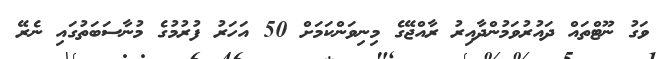
ވަގު ނޫޓްތައް ދައުރުވަމުންދާއިރު ރާއްޖޭގެ މިނިވަންކަމަށް 50 އަހަރު ފުރުމުގެ މުނާސަބަތުގައި ނެރޭ